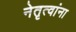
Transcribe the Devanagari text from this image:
नेतृत्वांना